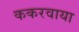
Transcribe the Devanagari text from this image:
ककरवाया